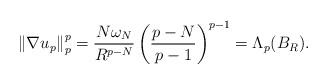
LaTeX: \begin{align*}\left\Vert \nabla u_{p}\right\Vert _{p}^{p}=\frac{N\omega_{N}}{R^{p-N}}\left(\frac{p-N}{p-1}\right) ^{p-1}=\Lambda_{p}(B_{R}). \end{align*}